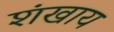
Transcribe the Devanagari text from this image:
शंखाय